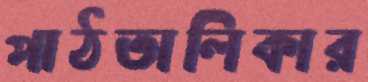
পাঠতালিকার